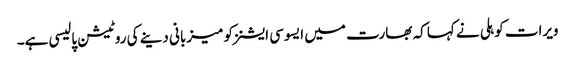
ویرات کوہلی نے کہا کہ بھارت میں ایسوسی ایشنز کو میزبانی دینے کی روٹیشن پالیسی ہے۔